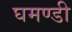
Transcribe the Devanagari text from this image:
घमण्‍डी